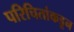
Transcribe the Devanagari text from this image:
परिचितांकडून